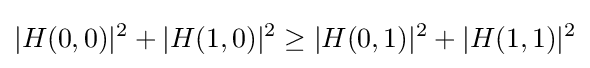
|H(0,0)|^{2}+|H(1,0)|^{2}\geq |H(0,1)|^{2}+|H(1,1)|^{2}